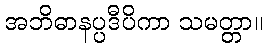
အဘိဓာနပ္ပဒီပိကာ သမတ္တာ။